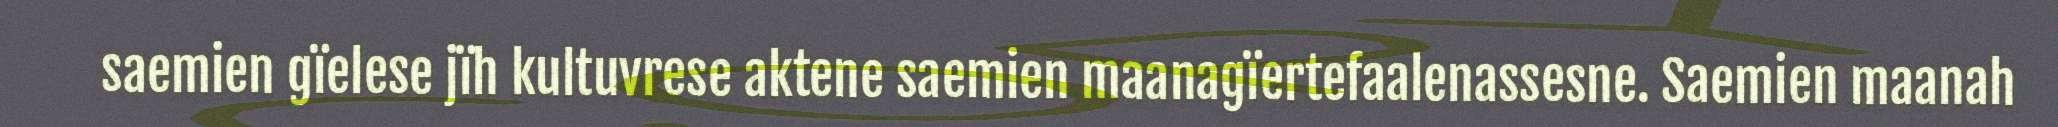
saemien gïelese jïh kultuvrese aktene saemien maanagïertefaalenassesne. Saemien maanah